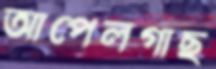
আপেলগাছ